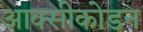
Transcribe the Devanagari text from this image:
आक्सीकोडन